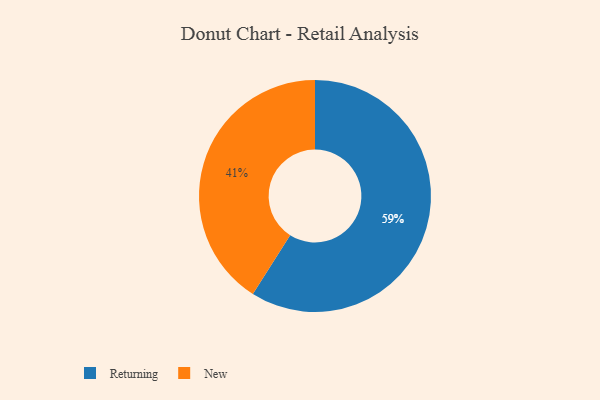
{"axis": {"x": "Category", "y": "Percentage"}, "legend": ["New", "Returning"], "data": [{"x": "Returning", "y": 59, "type": "Returning"}, {"x": "New", "y": 41, "type": "New"}]}